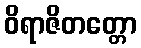
ဝိရာဇိတတ္တော